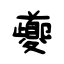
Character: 夔